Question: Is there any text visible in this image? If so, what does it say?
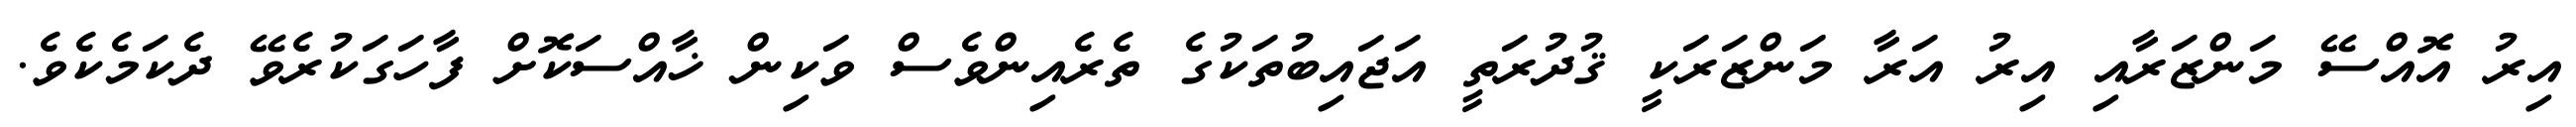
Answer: އިރު އޮއްސޭ މަންޒަރާއި އިރު އަރާ މަންޒަރަކީ ޤުދުރަތީ އަޖައިބުތަކުގެ ތެރެއިންވެސް ވަކިން ޚާއްސަކޮށް ފާހަގަކުރެވޭ ދެކަމެކެވެ.